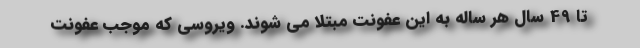
تا 49 سال هر ساله به این عفونت مبتلا می شوند. ویروسی که موجب عفونت